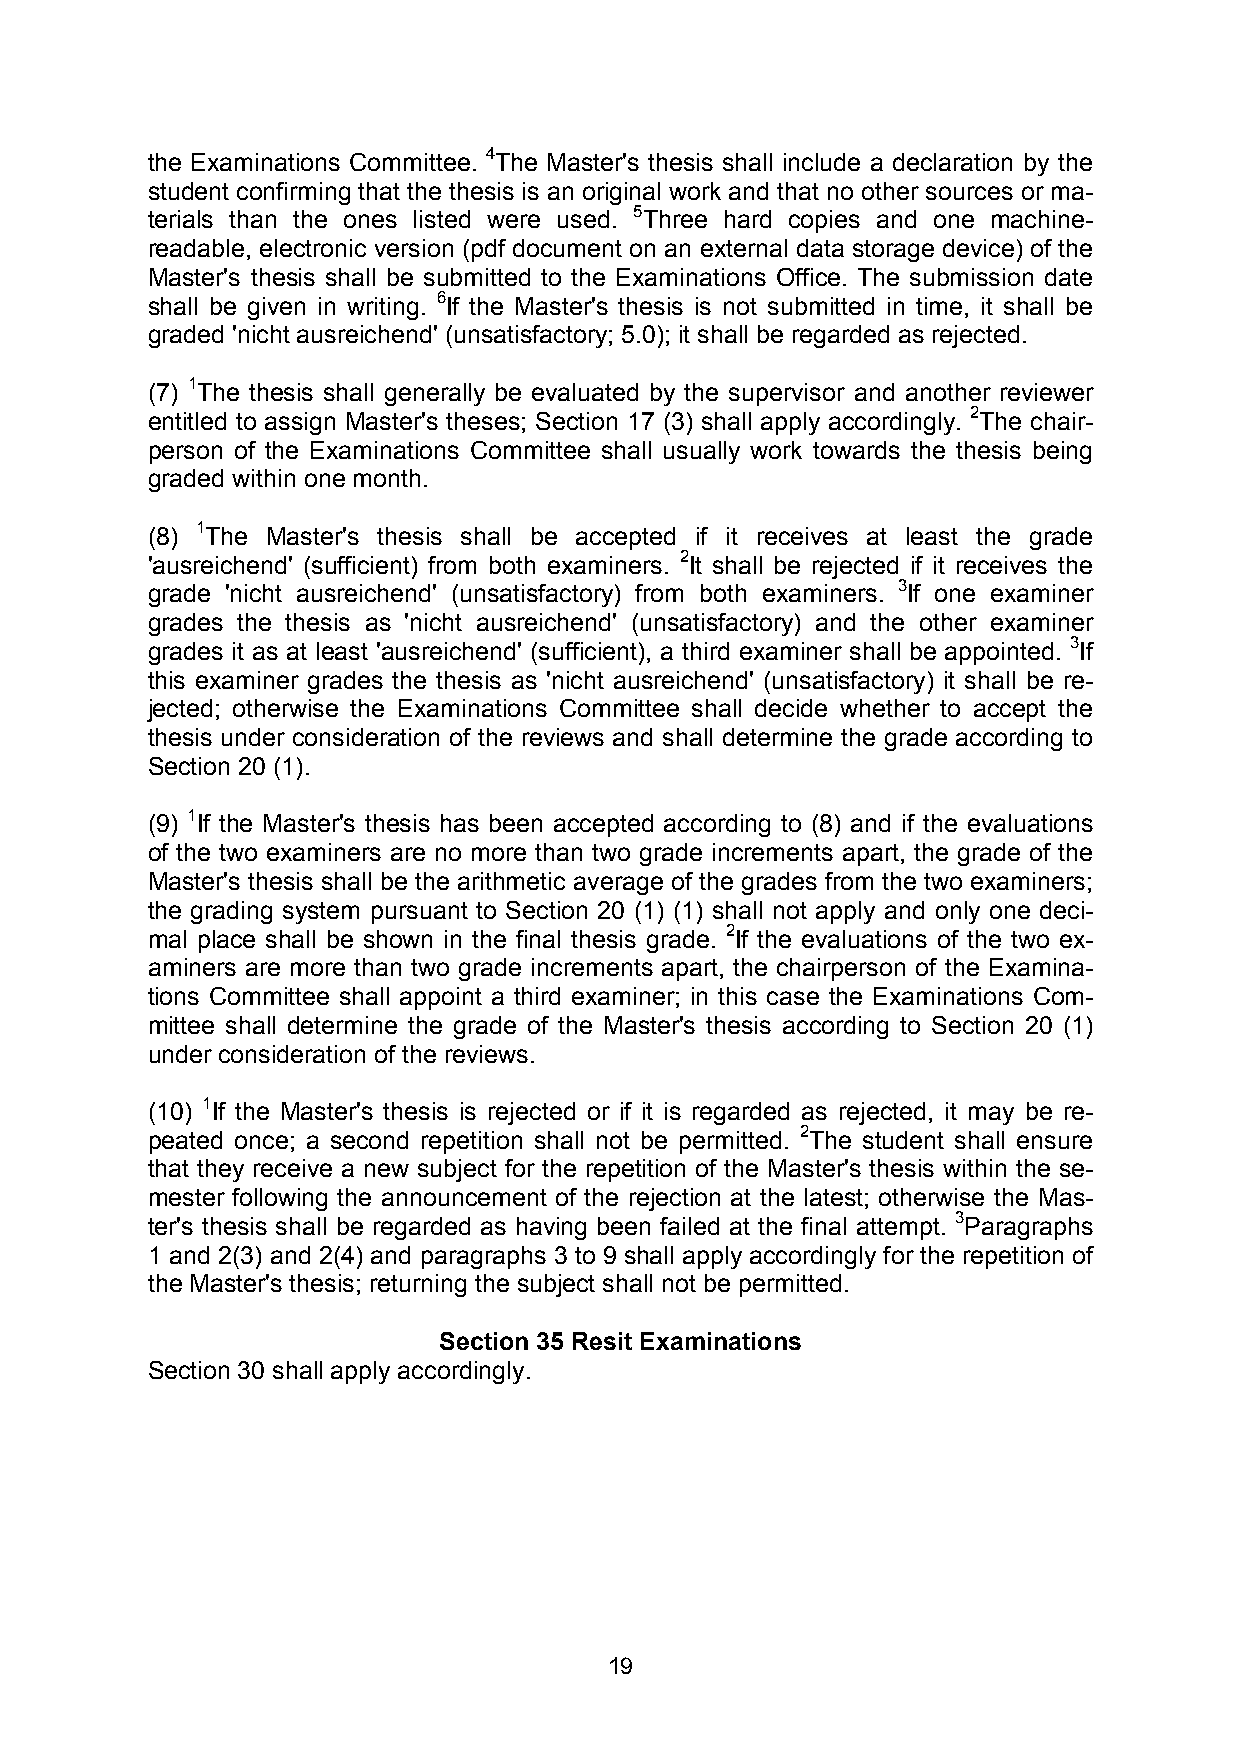
the Examinations Committee. 4The Master's thesis shall include a declaration by the
 student confirming that the thesis is an original work and that no other sources or ma-
 terials than the ones listed were used. 5Three hard copies and one machine-
 readable, electronic version (pdf document on an external data storage device) of the
 Master's thesis shall be submitted to the Examinations Office. The submission date
 shall be given in writing. 6If the Master's thesis is not submitted in time, it shall be
 graded 'nicht ausreichend' (unsatisfactory; 5.0); it shall be regarded as rejected.
 (7) 1The thesis shall generally be evaluated by the supervisor and another reviewer
 entitled to assign Master's theses; Section 17 (3) shall apply accordingly. 2The chair-
 person of the Examinations Committee shall usually work towards the thesis being
 graded within one month.
 (8) 1The Master's thesis shall be accepted if it receives at least the grade
 'ausreichend' (sufficient) from both examiners. 2It shall be rejected if it receives the
 grade 'nicht ausreichend' (unsatisfactory) from both examiners. 3If one examiner
 grades the thesis as 'nicht ausreichend' (unsatisfactory) and the other examiner
 grades it as at least 'ausreichend' (sufficient), a third examiner shall be appointed. 3If
 this examiner grades the thesis as 'nicht ausreichend' (unsatisfactory) it shall be re-
 jected; otherwise the Examinations Committee shall decide whether to accept the
 thesis under consideration of the reviews and shall determine the grade according to
 Section 20 (1).
 (9) 1If the Master's thesis has been accepted according to (8) and if the evaluations
 of the two examiners are no more than two grade increments apart, the grade of the
 Master's thesis shall be the arithmetic average of the grades from the two examiners;
 the grading system pursuant to Section 20 (1) (1) shall not apply and only one deci-
 mal place shall be shown in the final thesis grade. 2If the evaluations of the two ex-
 aminers are more than two grade increments apart, the chairperson of the Examina-
 tions Committee shall appoint a third examiner; in this case the Examinations Com-
 mittee shall determine the grade of the Master's thesis according to Section 20 (1)
 under consideration of the reviews.
 (10) 1If the Master's thesis is rejected or if it is regarded as rejected, it may be re-
 peated once; a second repetition shall not be permitted. 2The student shall ensure
 that they receive a new subject for the repetition of the Master's thesis within the se-
 mester following the announcement of the rejection at the latest; otherwise the Mas-
 ter's thesis shall be regarded as having been failed at the final attempt. 3Paragraphs
 1 and 2(3) and 2(4) and paragraphs 3 to 9 shall apply accordingly for the repetition of
 the Master's thesis; returning the subject shall not be permitted.
 Section 35 Resit Examinations
 Section 30 shall apply accordingly.
 19